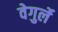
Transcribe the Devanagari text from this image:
वेगुर्ले